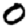
Digit: 0